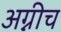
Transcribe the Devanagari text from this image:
अग्नीच